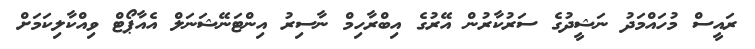
ރައީސް މުހައްމަދު ނަޝީދުގެ ސަރުކާރުން އޭރުގެ އިބްރާހިމް ނާސިރު އިންޓަނޭޝަނަލް އެއާޕޯޓް ވިއްކާލިކަމަށް